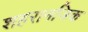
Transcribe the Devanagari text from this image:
शहरानजिक